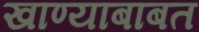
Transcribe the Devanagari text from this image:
खाण्याबाबत